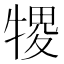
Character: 㹄